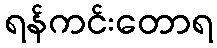
ရန်ကင်းတောရ